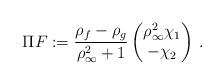
LaTeX: \begin{align*}\Pi F := \frac{\rho_f - \rho_g}{\rho_\infty^2 + 1}\begin{pmatrix} \rho_\infty^2 \chi_1\\ - \chi_2 \end{pmatrix}\,.\end{align*}